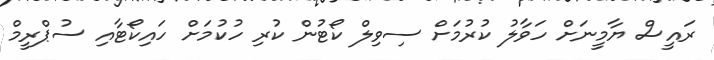
ރައީސް ޔާމީނަށް ހަވާލު ކުރުމަށް ސިވިލް ކޯޓުން ކުރި ހުކުމަށް ހައިކޯޓާއި ސުޕްރީމް